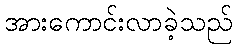
အားကောင်းလာခဲ့သည်